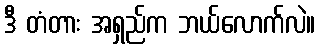
ဒီ တံတား အရှည်က ဘယ်လောက်လဲ။